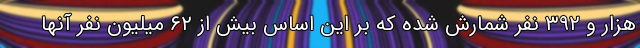
هزار و ۳۹۲ نفر شمارش شده که بر این اساس بیش از ۶۲ میلیون نفر آنها